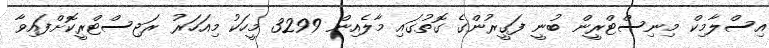
އިސްލާމިކް މިނިސްޓްރީން ބުނީ ފަގީރުންގެ ގޮތުގައި މާލެއިން 3299 މީހަކު މިއަހަރު ރަޖިސްޓްރީކޮށްފައިވާ